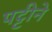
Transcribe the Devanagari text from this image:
पट्टीने